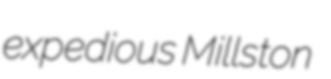
expedious Millston